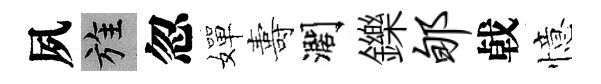
夙旌忽嬋夀濶鑠郇㦸憶